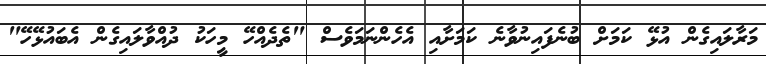
މަރާލައިގެން އުޅޭ ކަމަށް ބުނެފައިނުވާނެ ކަމަށާއި އެހެންނަމަވެސް "ތެދެއްހޭ މީހަކު ދުއްވާލައިގެން އެބައުޅޭހޭ"